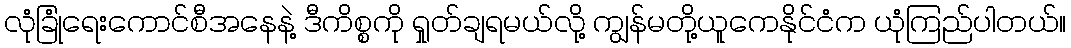
လုံခြုံရေးကောင်စီအနေနဲ့ ဒီကိစ္စကို ရှုတ်ချရမယ်လို့ ကျွန်မတို့ယူကေနိုင်ငံက ယုံကြည်ပါတယ်။